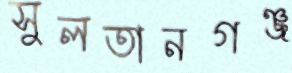
সুলতানগঞ্জ